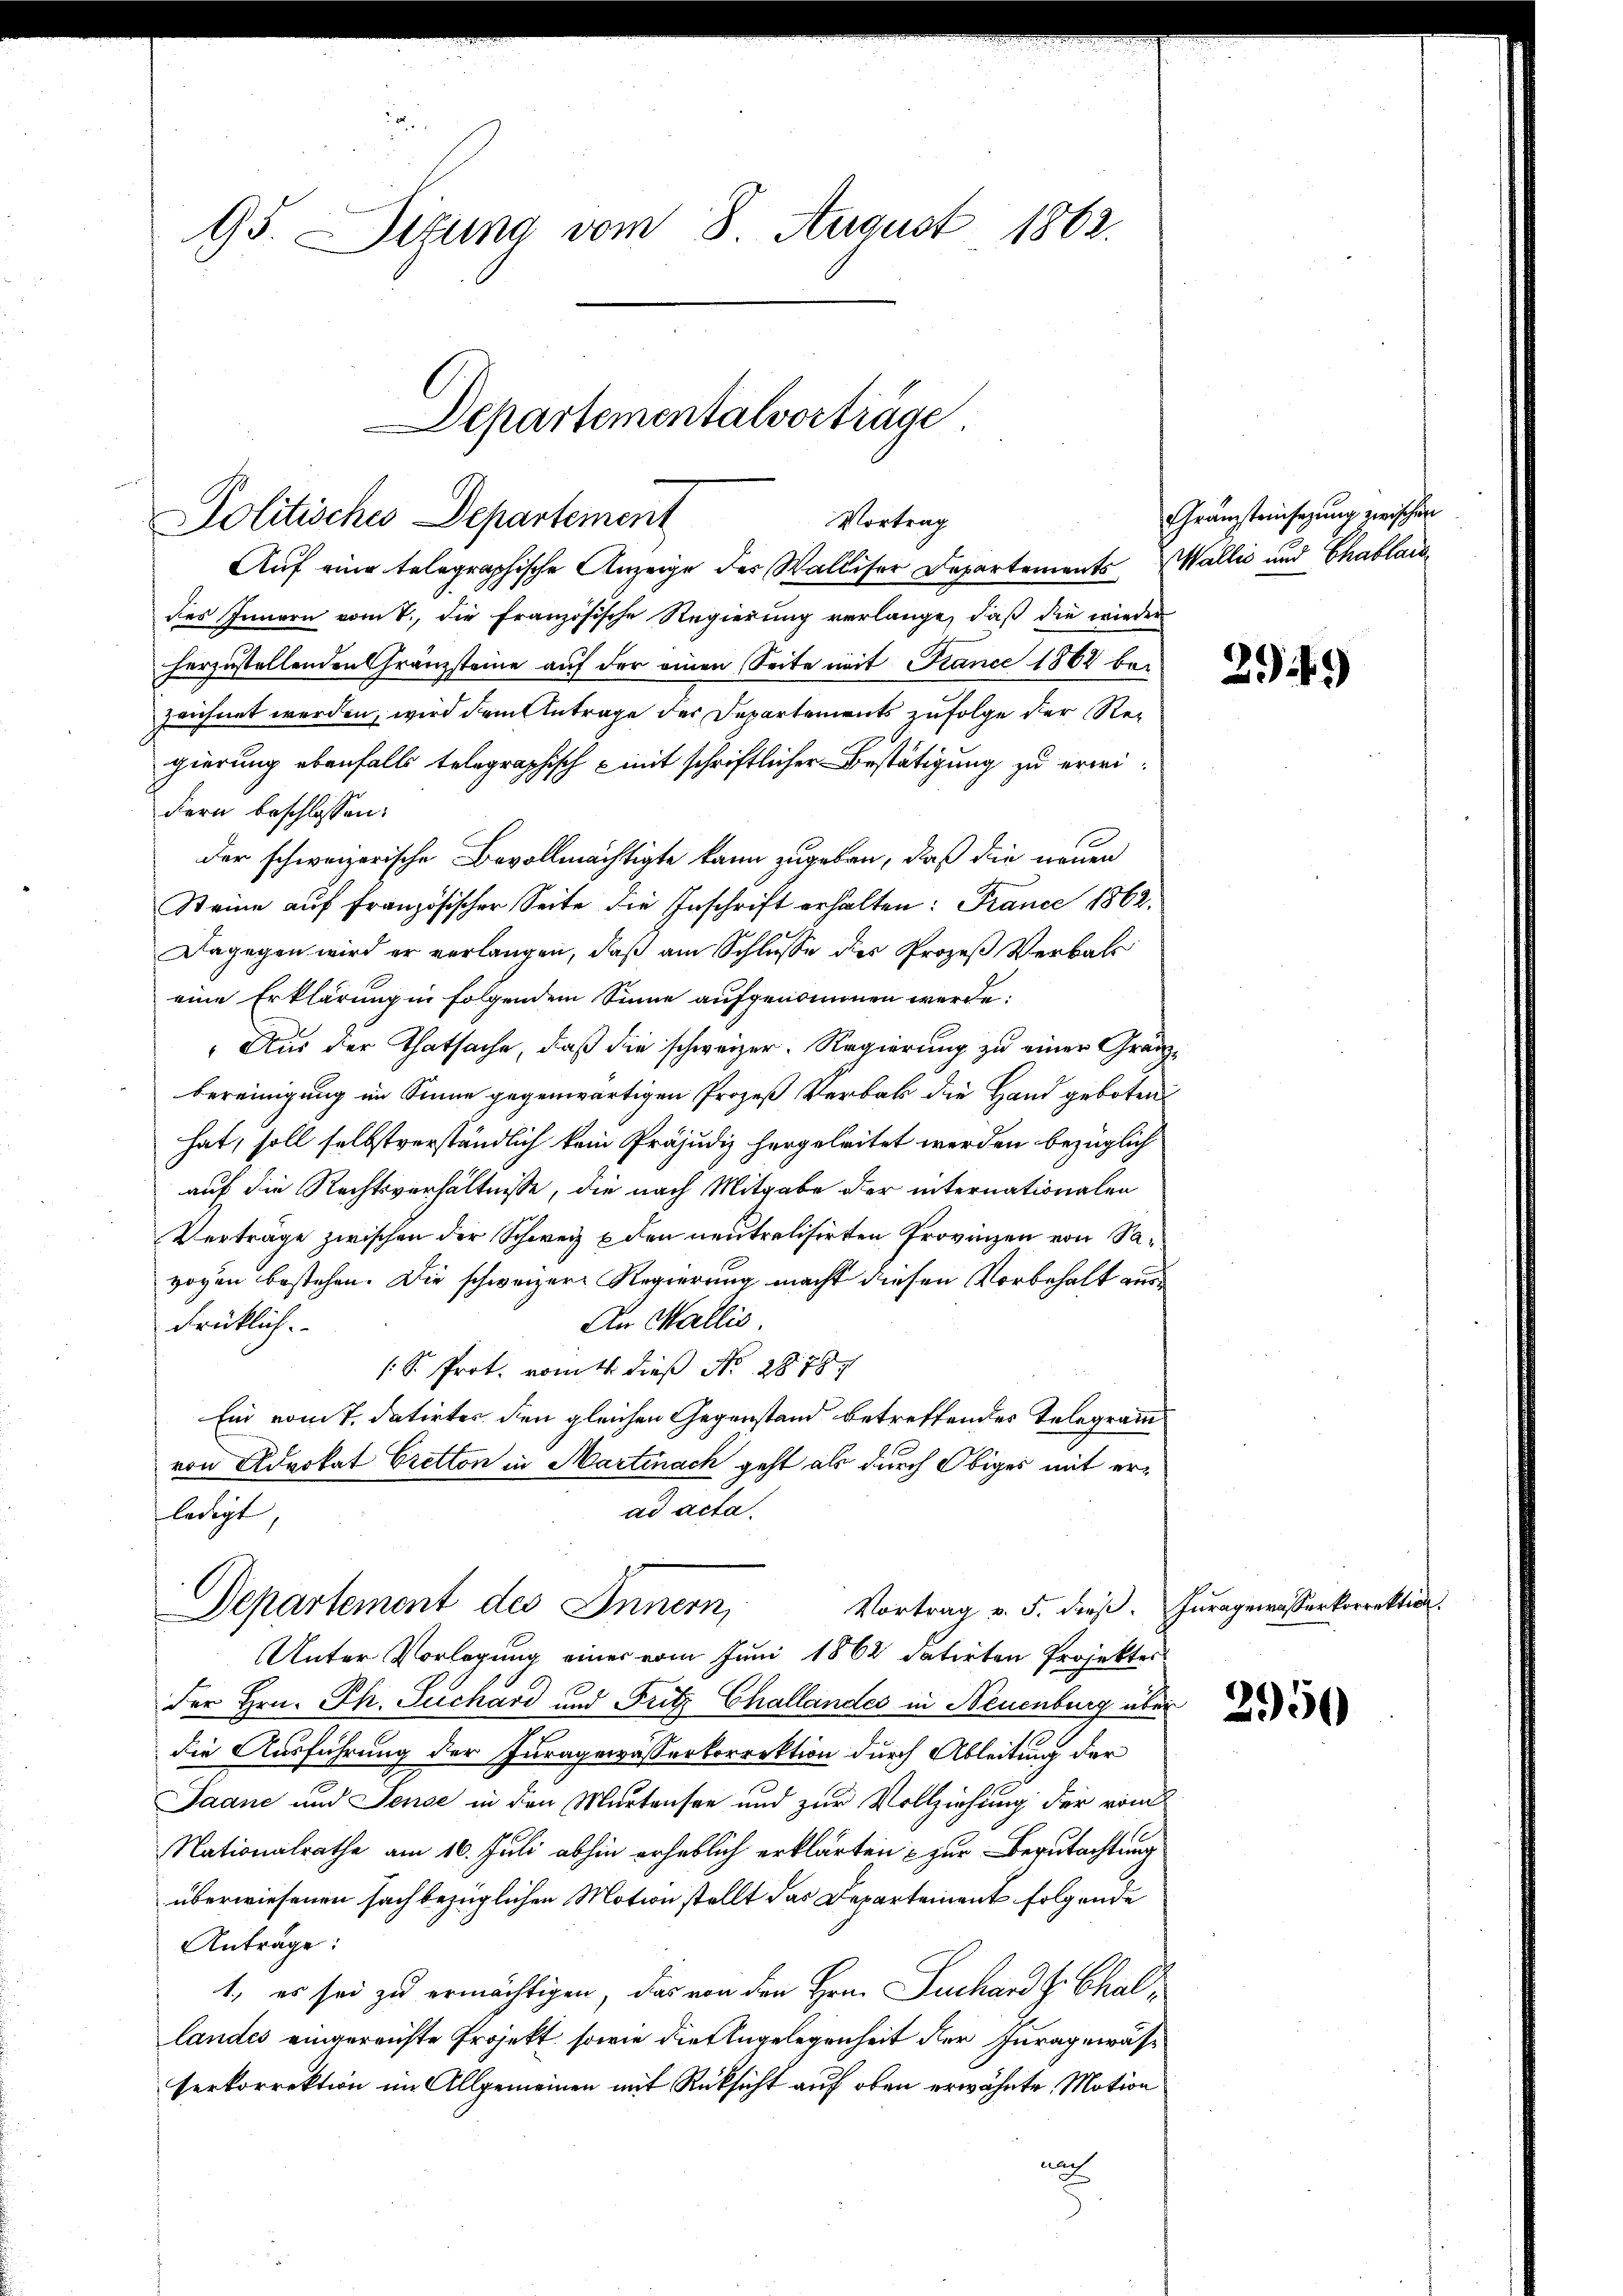
95. Situng vom 8. August 1862.

Departementalvorträge.
Politisches Departement
Vortrag

Auf eine telegraphische Anzeige der Walliser Departements Wallić und Chablanddes Innern vom 1., die französische Regierung verlange, daß die wieder
herzustellenden Gränzsteine auf der einen Seite mit Jänce 1862 bei
zeichnet werden, wird dem Antrage der Departements zufolge der Regierung ebenfalls telegraphisch - mit schriftlicher Bestätigung zu erweidern beschlossen:
der schweizerische Bevollmächtigte kann zugeben, daß die neuen
Steine auf französischer Seite die Inschrift erhalten: France 1862.
Dagegen wird er verlangen, daß am Schlusse des Prozeß Verbal
eine Erklärung in folgendem Sinne aufgenommen werde.
Aus der Thatsache, daß die schweizer. Regierung zu einer Gränzbereinigung im Sinne gegenwärtigen Prozeß Verbak die Hand geboten
hat, soll selbstverständlich kein Präjudiz hergeleitet werden bezüglich
auf die Rechtsverhältnisse, die nach Mitgabe der internationalen
Verträge zwischen der Schweiz & den neutralisirten Provinzen von Savoyen bestehen. Die schweizer Regierung macht diesen Vorbehalt aus¬
An Wallis.
drüklich.
S. Prot. vom 4. dieß No. 18784.
Ein vom 7. datirtes den gleichen Gegenstand betreffendes Telegrammvon Advokat Cretton in Martinach geht als durch Obiges mit erad acta.
ledigt,

Vortrag v. 5. dieß. Furagewisserkorrektion.
Departement des Innern,

Unter Vorlegung einer vom Juni 1862 datirten Projekter
der Hrn. Ph. Suchard und Fritz Challandes in Neuenburg über
die Ausführung der Juragewässerkorrektion durch Ableitung der
Jaane und Jense in den Martensee und zur Vollziehung der vom
Nationalrathe am 16. Juli abhin erheblich erklärten & zur Begutachtung
überwiesenen fach bezüglichen Motion stellt das Departement folgende
Anträge:
1., es sei zu ermächtigen, das von den Hrn. Puchard z. Challandes eingereichte Projekt, sowie die Engelegenheit der Inragewässerkorrektion im Allgemeinen mit Rücksicht auf oben erwähnte Motion
aa

Gränzteinsatzung zwischen

2949

2950